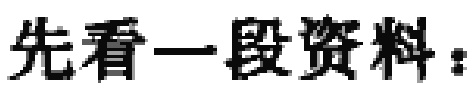
先看一段资料：